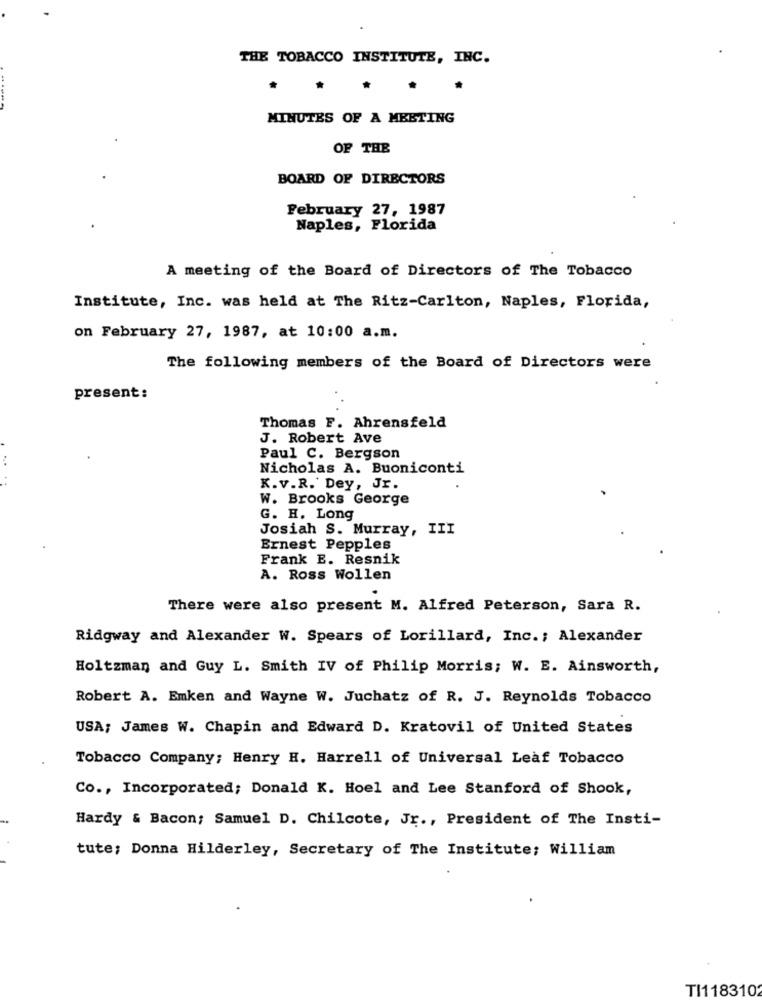
THE TOBACCO INSTITUTE, INC.
MINUTES OF A MEETING
OF THE
BOARD OF DIRECTORS
February 27, 1987
Naples, Florida
A meeting of the Board of Directors of The Tobacco
Institute, Inc. was held at The Ritz-Carlton, Naples, Florida,
on February 27, 1987, at 10:00 a.m.
The following members of the Board of Directors were
present:
Thomas F. Ahrensfeld
J. Robert Ave
..
Paul C. Bergson
Nicholas A. Buoniconti
K.v.R. Dey, Jr.
W. Brooks George
G. H. Long
Josiah S. Murray, III
Ernest Pepples
Frank E. Resnik
A. Ross Wollen
There were also present M. Alfred Peterson, Sara R.
Ridgway and Alexander W. Spears of Lorillard, Inc .; Alexander
Holtzman and Guy L. Smith IV of Philip Morris; W. E. Ainsworth,
Robert A. Emken and Wayne W. Juchatz of R. J. Reynolds Tobacco
USA; James W. Chapin and Edward D. Kratovil of United States
Tobacco Company; Henry H. Harrell of Universal Leaf Tobacco
Co ., Incorporated; Donald K. Hoel and Lee Stanford of Shook,
Hardy & Bacon; Samuel D. Chilcote, Jr ., President of The Insti-
tute; Donna Hilderley, Secretary of The Institute; William
TI1183102